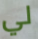
لي